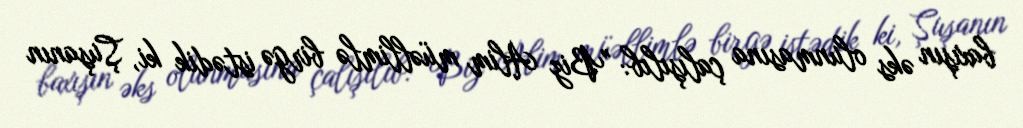
baxışın əks olunmasına çalışılıb: "Biz Alim müəllimlə birgə istədik ki, Şuşanın